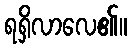
ရရှိလာလေ၏။